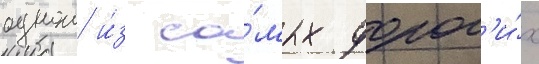
однои и́з са́мых дорог'и́х